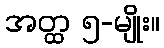
အတ္ထ ၅-မျိုး။